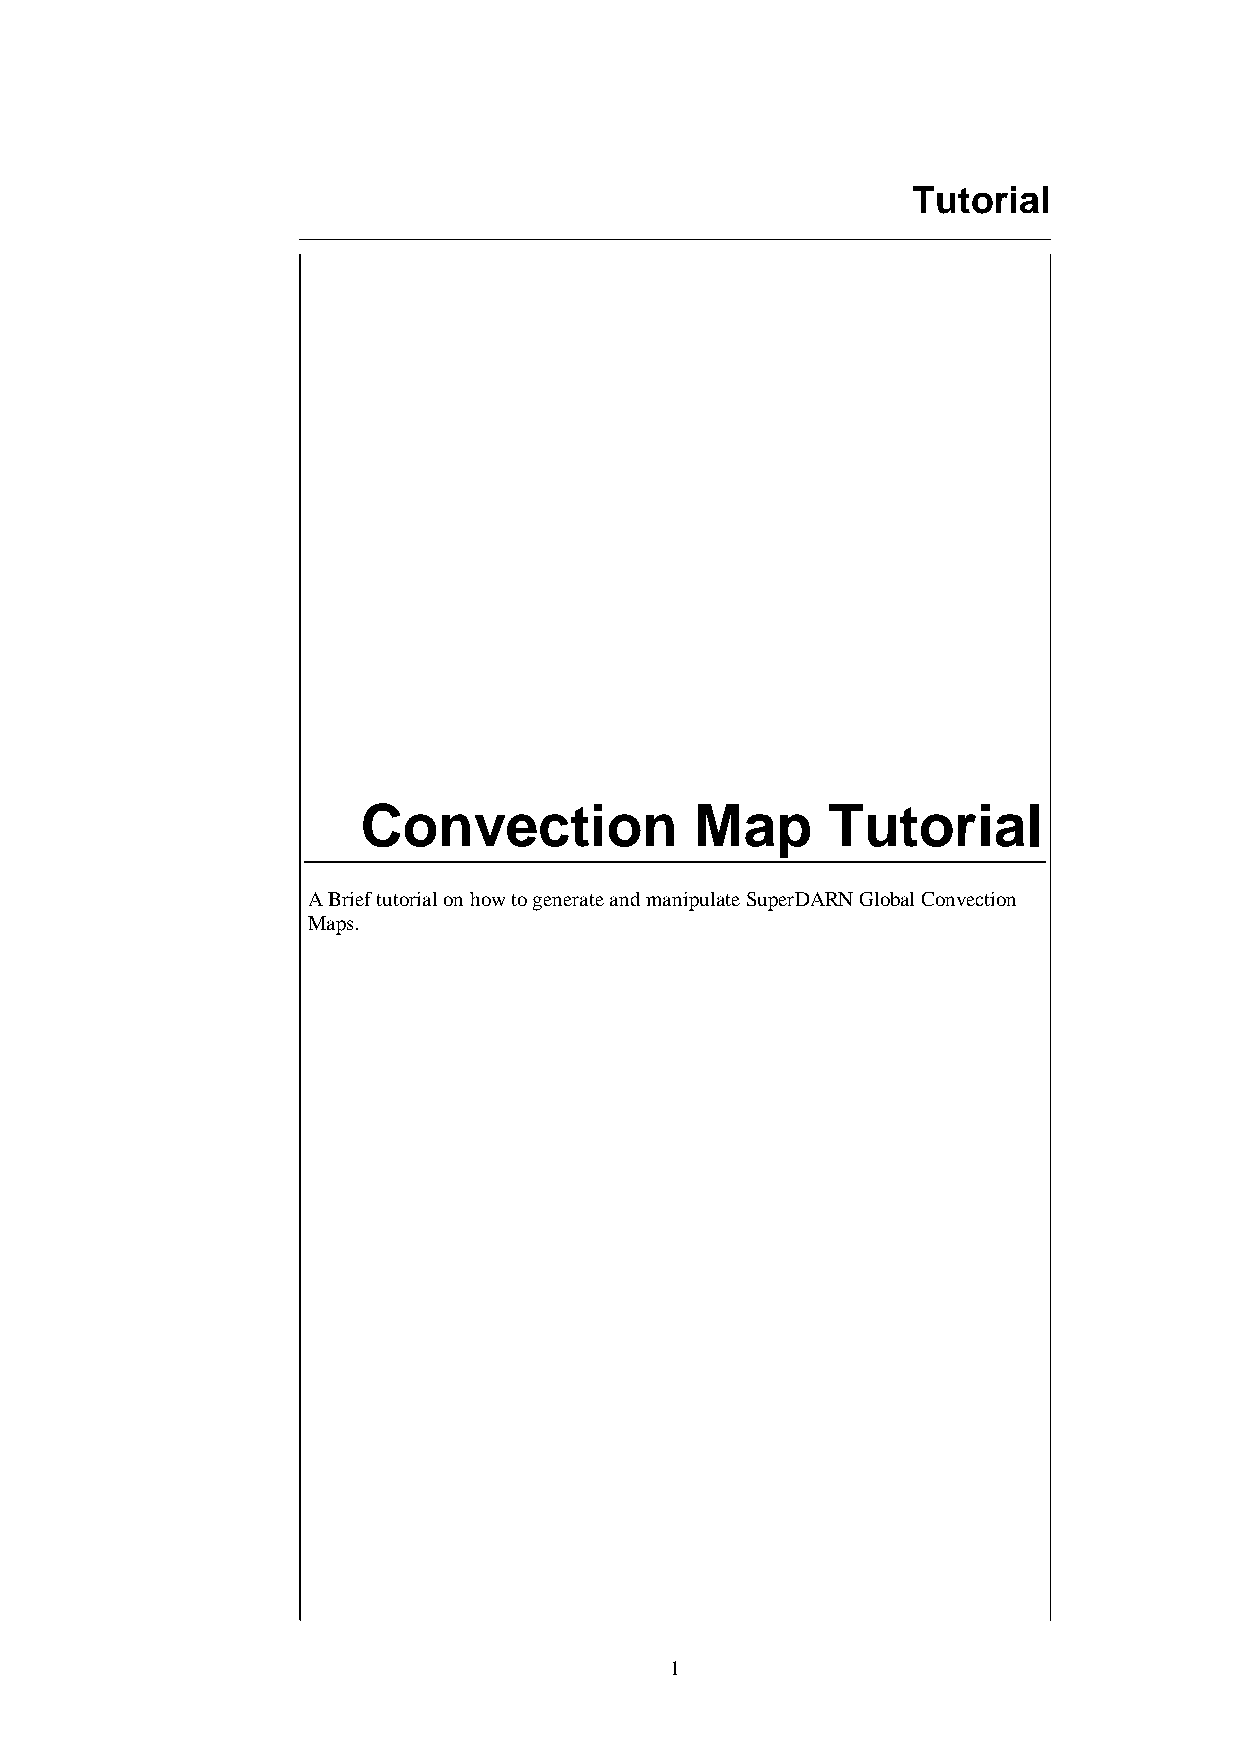
Tutorial
 Convection            Map      Tutorial
 A Brief tutorial on how to generate and manipulate SuperDARN Global Convection
 Maps.
 1